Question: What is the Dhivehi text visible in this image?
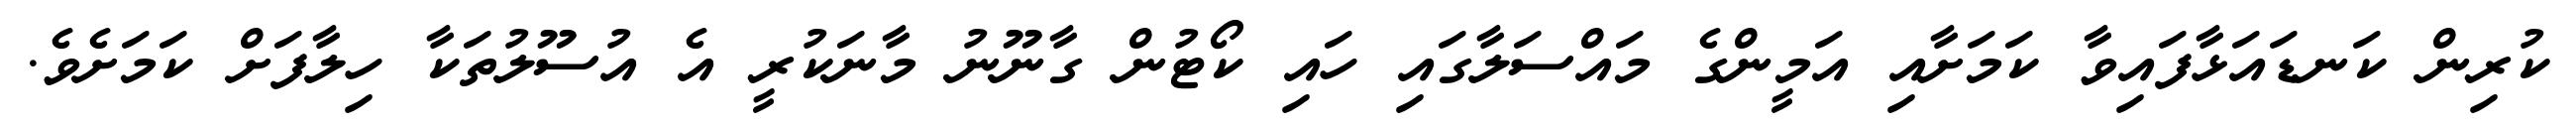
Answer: ކުރިން ކަނޑައަޅާފައިވާ ކަމަށާއި އަމީންގެ މައްސަލާގައި ހައި ކޯޓުން ގާނޫނު މާނަކުރީ އެ އުސޫލުތަކާ ހިލާފަށް ކަމަށެވެ.